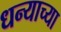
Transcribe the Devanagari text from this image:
धन्याच्या